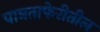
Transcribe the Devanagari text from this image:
पात्रताफेरीतील